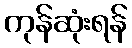
ကုန်ဆုံးရန်